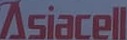
Asiacell